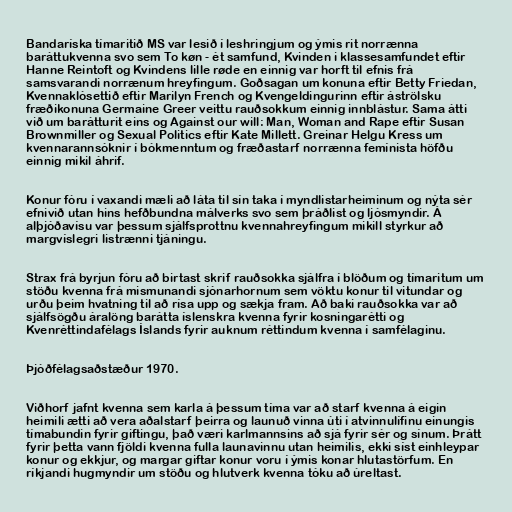
Bandaríska tímaritið MS var lesið í leshringjum og ýmis rit norrænna
baráttukvenna svo sem To køn - ét samfund, Kvinden i klassesamfundet eftir
Hanne Reintoft og Kvindens lille røde en einnig var horft til efnis frá
samsvarandi norrænum hreyfingum. Goðsagan um konuna eftir Betty Friedan,
Kvennaklósettið eftir Marilyn French og Kvengeldingurinn eftir áströlsku
fræðikonuna Germaine Greer veittu rauðsokkum einnig innblástur. Sama átti
við um barátturit eins og Against our will: Man, Woman and Rape eftir Susan
Brownmiller og Sexual Politics eftir Kate Millett. Greinar Helgu Kress um
kvennarannsóknir í bókmenntum og fræðastarf norrænna femínista höfðu
einnig mikil áhrif.

Konur fóru í vaxandi mæli að láta til sín taka í myndlistarheiminum og nýta sér
efnivið utan hins hefðbundna málverks svo sem þráðlist og ljósmyndir. Á
alþjóðavísu var þessum sjálfsprottnu kvennahreyfingum mikill styrkur að
margvíslegri listrænni tjáningu.

Strax frá byrjun fóru að birtast skrif rauðsokka sjálfra í blöðum og tímaritum um
stöðu kvenna frá mismunandi sjónarhornum sem vöktu konur til vitundar og
urðu þeim hvatning til að rísa upp og sækja fram. Að baki rauðsokka var að
sjálfsögðu áralöng barátta íslenskra kvenna fyrir kosningarétti og
Kvenréttindafélags Íslands fyrir auknum réttindum kvenna í samfélaginu.

Þjóðfélagsaðstæður 1970.

Viðhorf jafnt kvenna sem karla á þessum tíma var að starf kvenna á eigin
heimili ætti að vera aðalstarf þeirra og launuð vinna úti í atvinnulífinu einungis
tímabundin fyrir giftingu, það væri karlmannsins að sjá fyrir sér og sínum. Þrátt
fyrir þetta vann fjöldi kvenna fulla launavinnu utan heimilis, ekki síst einhleypar
konur og ekkjur, og margar giftar konur voru í ýmis konar hlutastörfum. En
ríkjandi hugmyndir um stöðu og hlutverk kvenna tóku að úreltast.